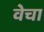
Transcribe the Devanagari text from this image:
वेचा